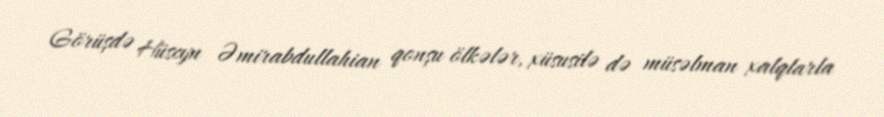
Görüşdə Hüseyn Əmirabdullahian qonşu ölkələr, xüsusilə də müsəlman xalqlarla